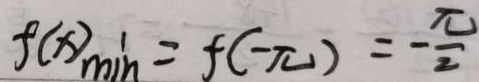
f ( x ) _ { \min } = f ( - \pi ) = - \frac { \pi } { 2 }